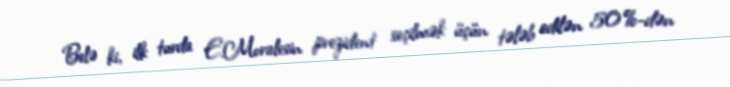
Belə ki, ilk turda E.Moralesin prezident seçilmək üçün tələb edilən 50%-dən